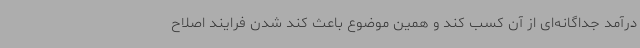
درآمد جداگانه‌ای از آن کسب کند و همین موضوع باعث کند شدن فرایند اصلاح